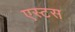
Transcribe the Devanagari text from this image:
एस्टस